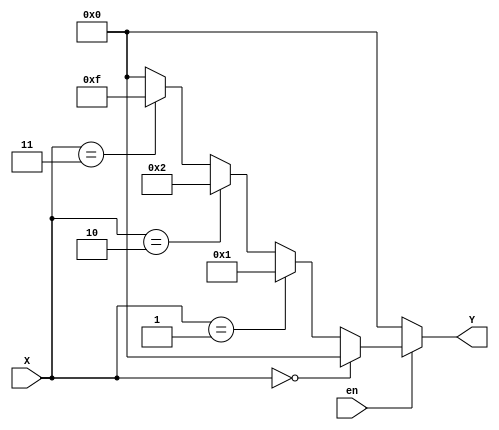
module Decoder (input [1:0]X, input en, output [3:0] Y);

	assign Y = (~en)? 4'b0000 : (X==0) ? 4'h0 : (X==2'b01) ? 4'b0001 : (X==2'd2) ? 4'd2 : (X==3)? 4'b1111: 0;

endmodule